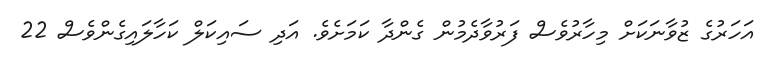
އަހަރުގެ ޒުވާނަކަށް މިހާރުވެސް ފަރުވާދެމުން ގެންދާ ކަމަށެވެ. އަދި ސައިކަލް ކަހާލައިގެންވެސް 22